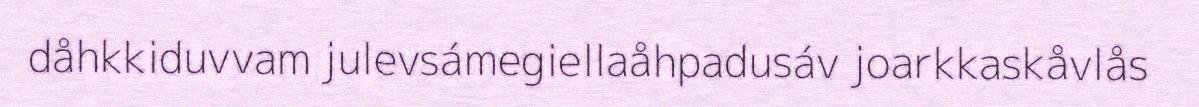
dåhkkiduvvam julevsámegiellaåhpadusáv joarkkaskåvlås